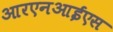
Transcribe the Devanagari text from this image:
आरएनआईएस